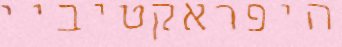
היפראקטיביי